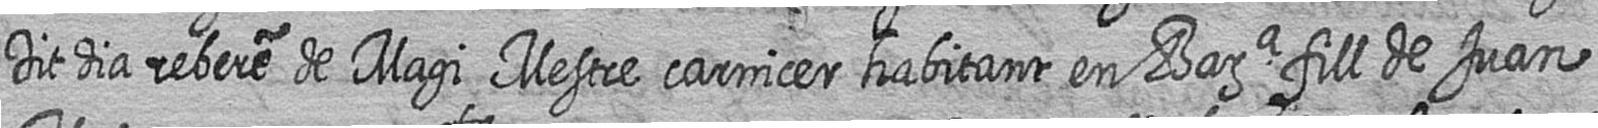
Dit dia rebere de Magi Mestre carnicer habitant en Bara fill de Juan